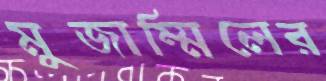
মুজাম্মিলের